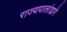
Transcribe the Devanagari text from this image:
राज्यपालांद्वारे